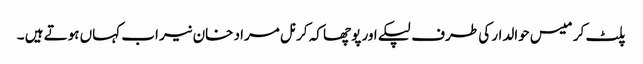
پلٹ کر میس حوالدار کی طرف لپکے اور پوچھا کہ کرنل مراد خان نیر اب کہاں ہوتے ہیں ۔